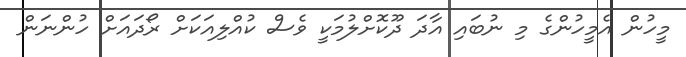
މީހުން އެމީހުންގެ މި ނުބައި އާދަ ދޫކޮށްލުމަކީ ވެސް ކުއްލިއަކަށް ރޯދައަށް ހުންނަން